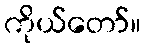
ကိုယ်တော်။